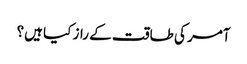
آمر کی طاقت کے راز کیا ہیں؟